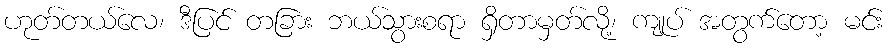
ဟုတ်တယ်လေ၊ ဒီပြင် တခြား ဘယ်သွားစရာ ရှိတာမှတ်လို့၊ ကျုပ် အတွက်တော့ မင်း